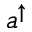
a ^ { \uparrow }